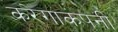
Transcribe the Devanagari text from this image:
करेगाकंपनी